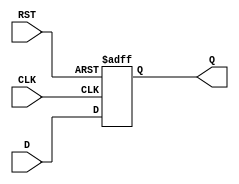
module store_register #(
    parameter WIDTH = 8 // Parameter for register width; default is 8 bits
)(
    input wire [WIDTH-1:0] D,   // Data input
    input wire CLK,              // Clock input
    input wire RST,              // Reset input
    output reg [WIDTH-1:0] Q     // Data output
);

    // Asynchronous reset
    always @(posedge CLK or posedge RST) begin
        if (RST) begin
            Q <= {WIDTH{1'b0}}; // Reset output to zero
        end else begin
            Q <= D;             // Capture data on clock edge
        end
    end

endmodule